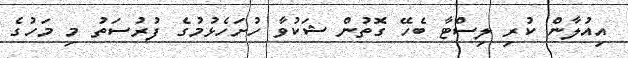
އިއުލާން ކުރި ލިސްޓާ ބެހޭ ގޮތުން ޝަކުވާ ހުށަހެޅުމުގެ ފުރުސަތު މި މަހުގެ